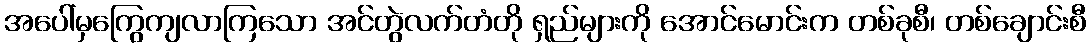
အပေါ်မှကြွေကျလာကြသော အင်တွဲလက်တံတို ရှည်များကို အောင်မောင်းက တစ်ခုစီ၊ တစ်ချောင်းစီ